Lunatic asylums Madras 1892-1911 - 1892-1911
Year: 1892
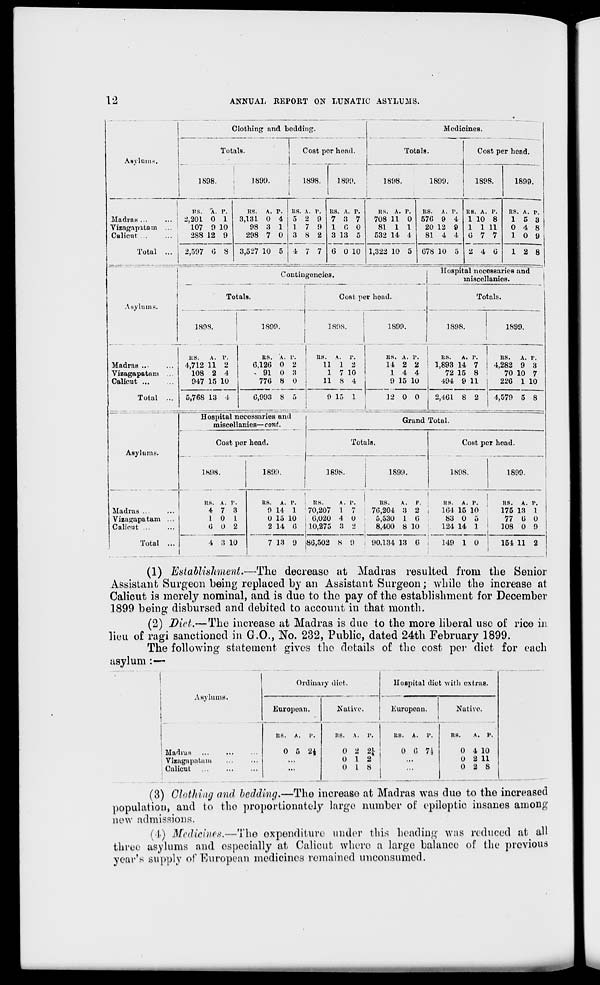
12
ANNUAL REPORT ON LUNATIC ASYLUMS.
Asylums.
Clothing and bedding.
Totals.
Cost por head.
1898.
1899.
1898.
1899.
Medicines.
Totals.
1898.
1899.
Cost per head.
1898.
1899.
Madras ...
Vizagapatam
Calicut ...
Total
ns. A. p.
: 2,201 0 1
107 9 10
288 12 9
2,597 6 8
HS.
A. P.
3,131 0 4
98 3 1
298 7 0
3,527 10 5
KS. A. P.
KS. A. P.
5 2 9 7 3 7
1 7 9 10 0
3 8 2 3 13 5
4 7 7 6 0 10
KS. A. P.
708 11 0
81 1 1
532 14 1
1,322 10 5
US.
A. P.
576 9 4
20 12 9
81 4 4
078 10 5
KS. A. P,
1 10 8
1 1 11
0 7 7
2 4 0
KS. A. p.
15 3
0 4 8
10 9
12 8
Contingencies.
Totals.
Asylums.
Madras ...
Vizagapatam
Calicut ...
Total
1898.
KS.
A. P.
4,712 11 2
108 2 4
947 15 10
5,768 13 4
1S99.
KS. A. V.
6,126 0 2
« 91 O 3
776 8 0
Cost per head.
189S.
1899.
Hospital necessaries and
miscellanies.
Totals.
1898.
1899.
HS.
A.
P.
11 1 2
1 7 10
11 8 4
KS. A. P.
KS.
A. P.
14 2 2
1,893 14 7
1 4 4
72 15 8
9 15 10
494 9 11
HS.
A. p.
4,282 9 3
70 10 7
226 1 10
6,993 8 5
9 15 1
12 0 0 j 2,461 8 2
4,579 5 8
Asylums.
Madras ...
Vizagapatam
Calicut ...
Total
Hospital necessaries and
miscellanies— cont.
Cost per head.
1898.
1899.
Grand Total.
Totals.
KS. A. P.
4 7 3
1 0 I
6 0 2
4 3 10
KS. A. P.
9 11 1
0 15 10
2 14 6
1898.
US.
A. P.
70,207 1 7
6,020 4 0
10,275 3 2
1S99.
US.
A.
P.
70,204 3 2
5,530 1 6
8,400 8 10
Cost per head.
1898.
1899.
HS. A. P.
164 15 10
83 0 5
124 14 1
HS. A. P.
175 13 1
77 6 0
108 0 9
7 13 9 186,502 S 9 - 90,1.34 13 6
149 1 0
154 11 2
(1) Establishment.—The decrease at Madras resulted from the Senior
Assistant Surgeon being replaced by an Assistant Surgeon; while the increase at
Calicut is merely nominal, and is due to the pay of the establishment for December
1899 being disbursed and debited to account in that month.
(2) Diet,—The increase at Madras is due to the more liberal use of rice in
lieu of ragi sanctioned in CO., No. 232, Public, dated 24th February 1899.
The following statement gives the details of the cost per diet for each
asylum :—
Asylums.
Ordinary diet.
Madias
Vizagapatani
Calicut
European.
RS. A.
I'.
0 5 2*
Native.
1
A.
p. 1
0
0
()
2
1
1
2*
2
8
Hospital diet with OS ctras.
European.
Nat IYOI
A. P.
4 10
2 11
2 8
KS. A.
P.
0 0 7\
RS.
0
0
0
(3) Clothing and bedding.—The increase at Madras was due to the increased
population, and to tho proportionately large number ot' epileptic insanes among
now admissions.
(4) Medicines.—The expenditure under this heading was reduced at all
three asylums and especially at Calicut where a largo balance of the previous
year's supply of European medicines remained unconsumed.